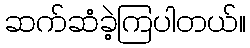
ဆက်ဆံခဲ့ကြပါတယ်။